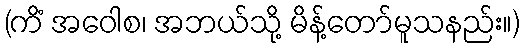
(ကိံ အဝေါစ၊ အဘယ်သို့ မိန့်တော်မူသနည်း။)